Civil Veterinary Dept. Bombay admin report 1900-1906 - 1900-1906
Year: 1900
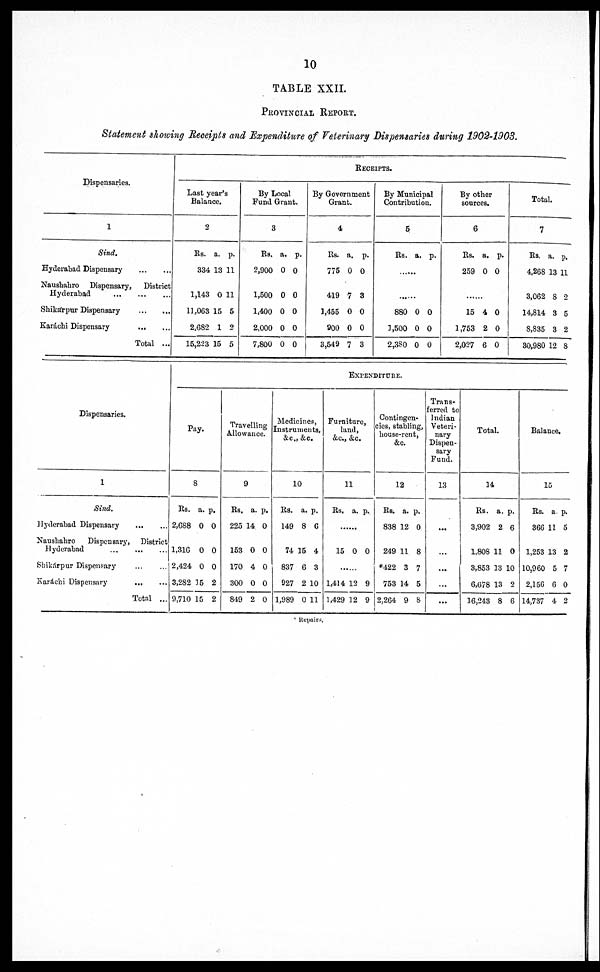
10
TABLE XXII.
PROVINCIAL REPORT.
Statement showing Receipts and Expenditure of Veterinary Dispensaries during 1902-1903.
Dispensaries.
1
Sind.
Hyderabad Dispensary … …
Naushahro Dispensary,
District
Hyderabad … … …
Shikárpur Dispensary … …
Karáchi Dispensary … …
Total ...
RECEIPTS.
Last year's
Balance.
2
Rs. a. p.
334 13 11
1,143 0 11
11,063 15 5
2,682 1 2
15,223 15 5
By Local
Fund Grant.
3
Rs. a. p.
2,900 0 0
1,500 0 0
1,400 0 0
2,000 0 0
7,800 0 0
By Government
Grant.
4
Rs. a. p.
775 0 0
419 7 3
1,455 0 0
900 0 0
3,549 7 3
By Municipal
Contribution.
5
Rs. a. p.
……
880 0 0
1,500 0 0
2,3S0 0 0
By other
sources.
6
Rs. a. p.
259 0 0
……
15 4 0
1,753 2 0
2,027 6 0
7
Rs. a. p.
4,268 13 11
3,062 8 2
14,814 3 5
8,835 3 2
30,980 12 8
Dispensaries.
1
Sind.
Hyderabad Dispensary … …
Naushahro
Dispensary, District
Hyderabad … … …
Shikárpur Dispensary … …
Karáchi Dispensary
... …
Total ...
EXPENDITURE.
Pay.
8
Rs. a. p.
2,088 0 0
1,316 0 0
2,424 0 0
3,282 15 2
9,710 15 2
Travelling
Allowance.
9
Rs. a. p.
225 14 0
153 0 0
170 4 0
300 0 0
849 2 0
Medicines,
Instruments,
&.c., &c.
10
Rs. a. p.
149 8 6
74 15 4
837 6 3
927 2 10
1,989 0 11
Furniture,
land,
&c., &c.
11
Rs. a. p.
……
15 0 0
……
1,414 12 9
1,429 12 9
Contingen-
cies, stabling,
house-rent,
&c.
12
Rs. a. p.
838 12 0
249 11 8
*422 3 7
753 14 5
2,264 9 8
Trans-
ferred to
Indian
Veteri-
nary
Dispen-
sary
Fund.
13
...
…
...
…
...
Total.
14
Rs. a. p.
3,902 2 6
1,808 11 0
3,853 13 10
6,678 13 2
16,243 8 6
Balance.
15
Rs. a. p.
366 11 5
1,253 13 2
10,960 5 7
2,156 6 0
14,737 4 2
Repairs.